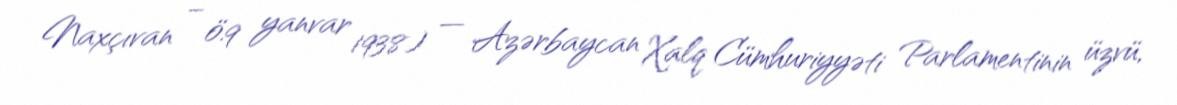
Naxçıvan – ö.9 yanvar 1938) — Azərbaycan Xalq Cümhuriyyəti Parlamentinin üzvü,